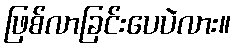
ဖြစ်လာခြင်းပေပဲလား။